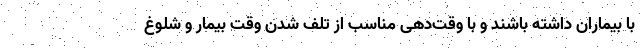
با بیماران داشته باشند و با وقت‌دهی مناسب از تلف شدن وقت بیمار و شلوغ